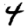
Digit: 4